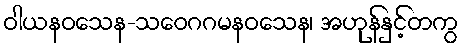
ဝါယနဝသေန-သဝေဂဂမနဝသေန၊ အဟုန်နှင့်တကွ